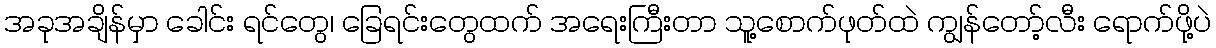
အခုအချိန်မှာ ခေါင်း ရင်တွေ၊ ခြေရင်းတွေထက် အရေးကြီးတာ သူ့စောက်ဖုတ်ထဲ ကျွန်တော့်လီး ရောက်ဖို့ပဲ